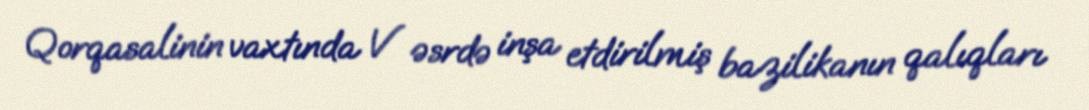
Qorqasalinin vaxtında V əsrdə inşa etdirilmiş bazilikanın qalıqları